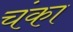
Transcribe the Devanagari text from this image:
चंका